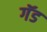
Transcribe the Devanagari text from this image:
गॅड